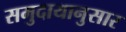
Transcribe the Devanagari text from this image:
समुदायानुसार